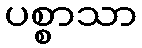
ပစ္စာသာ